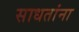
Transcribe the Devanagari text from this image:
साधतांना